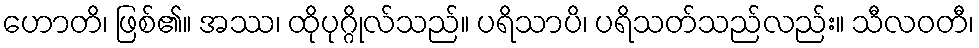
ဟောတိ၊ ဖြစ်၏။ အဿ၊ ထိုပုဂ္ဂိုလ်သည်။ ပရိသာပိ၊ ပရိသတ်သည်လည်း။ သီလဝတီ၊